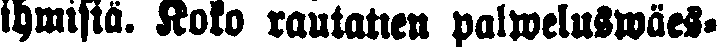
ihmisiä. Koko rautatien palweluswäes-